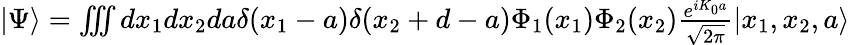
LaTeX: \begin{array}{r}{|\Psi\rangle=\iiint dx_{1}dx_{2}da\delta(x_{1}-a)\delta(x_{2}+d-a)\Phi_{1}(x_{1})\Phi_{2}(x_{2})\frac{e^{iK_{0}a}}{\sqrt{2\pi}}|x_{1},x_{2},a\rangle}\end{array}